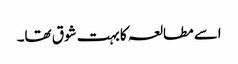
اسے مطالعہ کا بہت شوق تھا۔